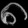
Digit: ၈